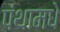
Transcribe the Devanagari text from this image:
पंथामधे